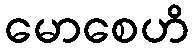
မောစေဟိ